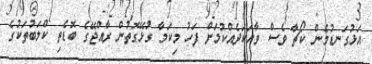
އަޅުގަނޑުމެން ކޯޗާ ވެސް ވާހަކަދެއްކުމަށް ފަހު މިކަމާ ގުޅޭގޮތުން ރާއްޖޭގެ ބޮޑެތި ކްލަބުތަކުގެ